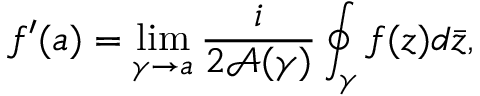
f ^ { \prime } ( a ) = \operatorname* { l i m } _ { \gamma \to a } { \frac { i } { 2 { \mathcal { A } } ( \gamma ) } } \oint _ { \gamma } f ( z ) d { \bar { z } } ,